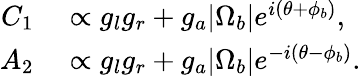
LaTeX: \begin{array}{rl}{C_{1}}&{{}\propto g_{l}g_{r}+g_{a}|\Omega_{b}|e^{i(\theta+\phi_{b})},}\\ {A_{2}}&{{}\propto g_{l}g_{r}+g_{a}|\Omega_{b}|e^{-i(\theta-\phi_{b})}.}\end{array}